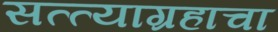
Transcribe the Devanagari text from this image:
सत्त्याग्रहाचा